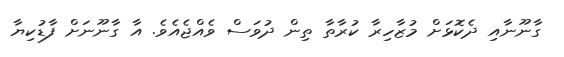
ގާނޫނާއި ދެކޮޅަށް މުޒާހިރާ ކުރާތާ ތިން ދުވަސް ވެއްޖެއެވެ. އާ ގާނޫނަށް ފާޑުކިޔާ